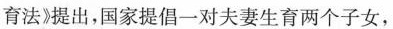
育法》提出，国家提倡一对夫妻生育两个子女，